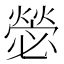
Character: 𭶋